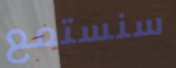
سنستمع